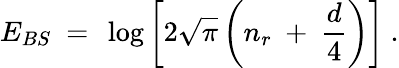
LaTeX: E_{BS}\ =\ \log\left[2\sqrt{\pi}\left(n_{r}\ +\ \frac{d}{4}\right)\right]\ .